Report of the King Institute of Preventive Medicine, Guindy
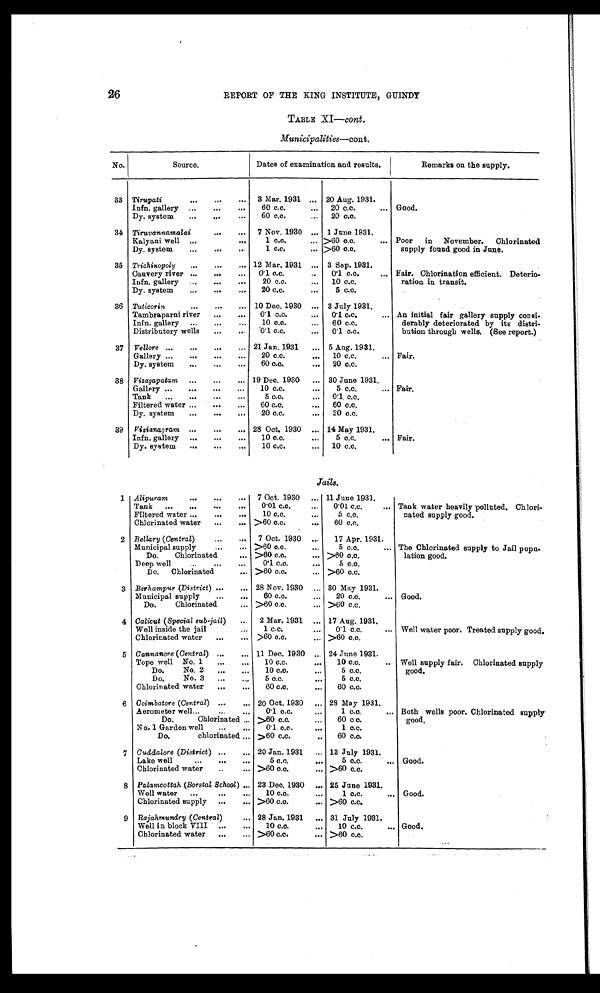
26
REPORT OF THE KING INSTITUTE, GUINDY
TABLE XI- cont .
Municipalities-cont.
Tirupati
3 Mar. 1931
20 Aug. 1931.
Infn. gallery
60 c.c.
20 c.c.
Good.
Dy. system
60 c.c.
20 c.c.
Tiruvannamalai
7 Nov. 1930
1 June 1931.
Kalyani well
1 c.c.
> 60 c.c.
Dy. system
1 c.c.
> 60 c.c.
Trichinopoly
12 Mar. 1931
3 Sep. 1931.
Canvery river
0·1 c.c.
0·1 c.c.
Infn. gallery
20 c.c.
10 c.c.
Dy. system
20 c.c.
5 c.c.
Tuticorin
10 Dec. 1930
3 July 1931.
Tambraparni river
0·1 c.c.
0·1 c.c.
Infn. gallery
10 c.c.
60 c.c.
Distributory wells
0· 1 c . c .
0·1 c.c.
Vellore
21 Jan. 1931 5 Aug. 1931.
Gallery
20 c.c.
10 c.c.
Fair.
Dy. system
60 c.c.
20 c.c.
Vizagapatam
19 Dec. 1930
30 June 1931.
Gallery
10 c.c.
5 c.c.
Fair.
Tank
5 c.c.
0·1 c.c.
Filtered water
60 c.c.
60 c.c.
Dy. system
20 c.c.
20 c.c.
Vizianagram
28 Oct. 1930
14 May 1931.
Infn. gallery
10 c.c.
5 c.c.
Fair.
Dy. system
10 c.c.
10 c.c.
Alipuram
7 Oct. 1930
11 June 1931.
Tank
0·01 c.c.
0·01 c.c.
Filtered water
10 c.c.
5 c.c.
Chlorinated water
> 60 c.c.
60 c.c.
Bellary ( Central)
7 Oct. 1930
17 Apr. 1931.
Municipal supply
> 60 c.c.
5 c.c.
Do. Chlorinated
> 60 c.c.
> 60 c.c.
Deep well
0·1 c.c.
5 c.c.
Do. Chlorinated
> 60 c.c.
> 60 c.c.
Berhampur (District )
28 Nov. 1930
30 May 1931.
Municipal supply
60 c.c.
20 c.c.
Good.
Do. Chlorinated
> 60 c.c.
> 60 c.c.
Calicut ( Special sub-jail )
2 Mar. 1931
17 Aug. 1931.
Well inside the jail
1 c.c.
0·1 c.c. Well water poor. Treated supply good.
Chlorinated water
> 60 c.c.
> 60 c.c.
Cannanore ( Central)
11 Dec. 1930
24 June 1931.
Tope well No. 1
10 c.c.
10 c.c.
Do. No. 2
10 c.c.
5 c.c.
Do. No. 3
5 c.c.
5 c.c.
Chlorinated water
60 c.c.
60 c.c.
Coimbatore ( Central)
20 Oct. 1930
28 May 1931.
Aerometer well
0·1 c.c.
1 c.c.
Do. Chlorinated
>60 c.c.
60 c c.
No. 1 Garden well
0·1 c.c.
1 c.c.
Do. chlorinated
> 60 c.c.
60 c.c.
Cuddalore (District )
20 Jan. 1931
13 July 1931.
Lake well
5 c.c.
5 c.c.
Good.
Chlorinated water
> 60 c.c.
>60 c.c.
Palamcottah (Borstal School )
23 Dec. 1930
25 June 1931.
Well water
10 c.c.
1 c.c.
Good.
Chlorinated supply
> 60 c.c.
>60 c.c.
28 Jan. 1931
31 July 1931.
10 c.c.
10 c.c.
Good.